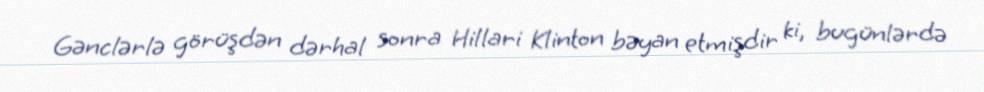
Gənclərlə görüşdən dərhal sonra Hillari Klinton bəyan etmişdir ki, bugünlərdə